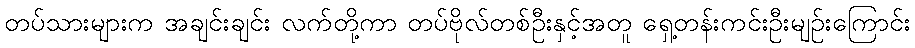
တပ်သားများက အချင်းချင်း လက်တို့ကာ တပ်ဗိုလ်တစ်ဦးနှင့်အတူ ရှေ့တန်းကင်းဦးမျဉ်းကြောင်း